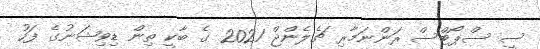
ސީ ސްޕޯޓްސް ރަންނަމާރި ޗެލެންޖް 2021 ގެ ބާކީ ތިން ޑިވިޝަނުގެ ފަހު